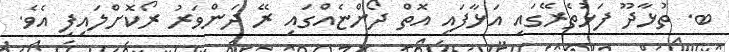
ބ. ތުޅާދޫ ފަޅުތެރޭގައި އަޅާފައި އޮތް ދޯންޏެއްގައި ރޭ ދަންވަރު ރޯކޮށްލައިފި އެވެ.